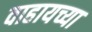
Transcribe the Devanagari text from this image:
वाहायच्या